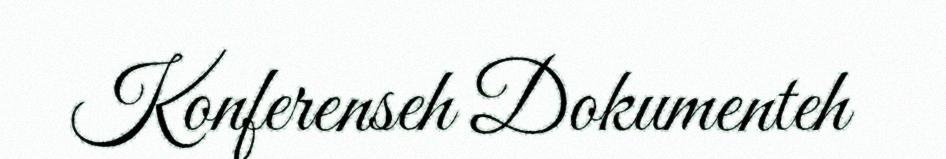
Konferenseh Dokumenteh